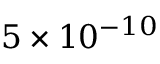
5 \times 1 0 ^ { - 1 0 }